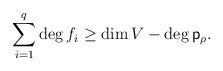
LaTeX: \begin{align*}\sum_{i=1}^q \deg f_i \geq \dim V - \deg \mathsf{p}_\rho.\end{align*}